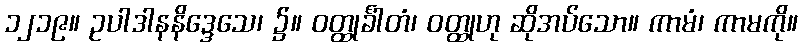
၁၂၁၉။ ဥပါဒါနနိဒ္ဒေသေ၊ ၌။ ဝတ္ထုင်္ခါတံ၊ ဝတ္ထုဟု ဆိုအပ်သော။ ကာမံ၊ ကာမကို။